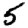
Digit: 5